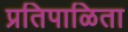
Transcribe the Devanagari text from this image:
प्रतिपाळिता